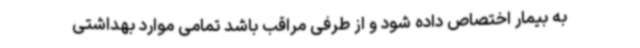
به بیمار اختصاص داده شود و از طرفی مراقب باشد تمامی موارد بهداشتی